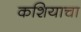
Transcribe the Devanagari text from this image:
कशियाचा